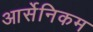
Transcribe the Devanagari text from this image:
आर्सेनिकम